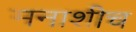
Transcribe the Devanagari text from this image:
मनाशीच